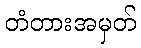
တံတားအမှတ်